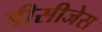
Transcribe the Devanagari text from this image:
डीसीजेस